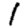
Digit: 1